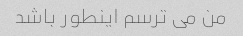
من می ترسم اینطور باشد